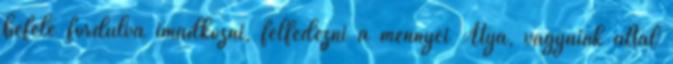
befelé fordulva imádkozni, felfedezni a mennyei Atya, vágyaink által